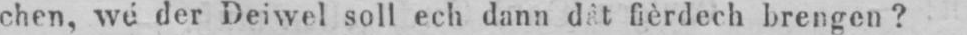
chen, wé der Deiwel soll ech dann dât fièrdech brengen?